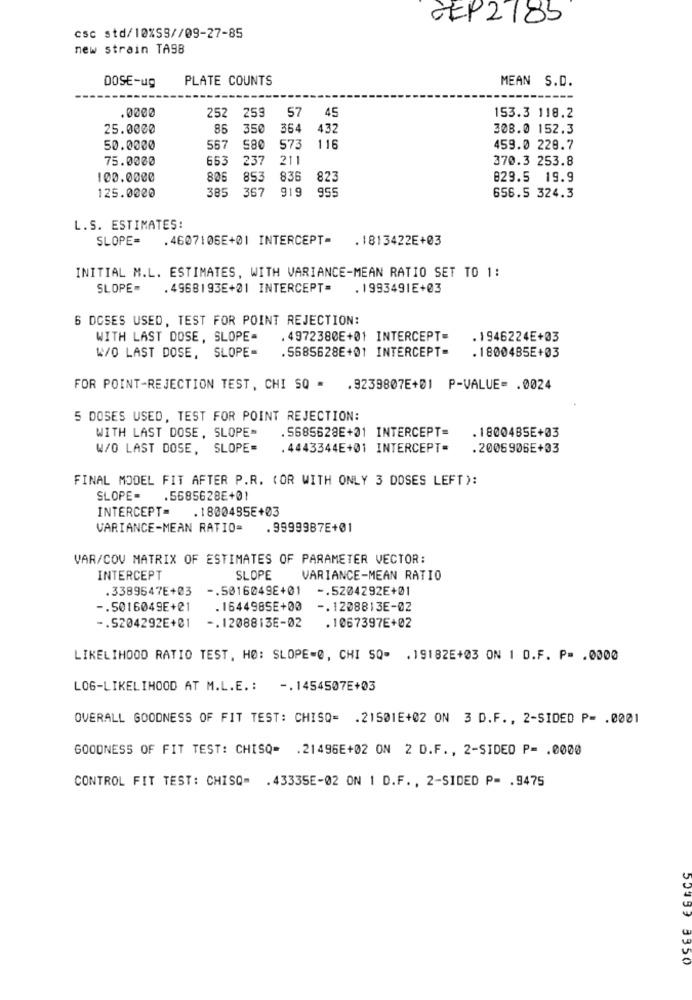
GEP2185
csc std/10%SS//09-27-85
new strain TA98
DOSE-ug
PLATE COUNTS
MEAN S.D.
.0000
57
252 259
45
153.3 118.2
25.0000
85
350
364
432
308.0 152.3
50.0000
557
580
573
116
459.0 229.7
75.0000
653
237
211
370.3 253.8
100.0000
806
853
836
823
829.5 19.9
385
367
919
955
125.0000
656.5 324.3
L.S. ESTIMATES:
SLOPE= . 4607106E+01 INTERCEPT-
. 1813422E+03
INITIAL M.L. ESTIMATES, WITH VARIANCE-MEAN RATIO SET TO 1:
SLOPE=
. 4968193E+01 INTERCEPT=
. 1993491E+03
6 DOSES USED, TEST FOR POINT REJECTION:
WITH LAST DOSE, SLOPE-
. 4972380E+01 INTERCEPT-
. 1946224E+03
. 5685628E+01 INTERCEPT-
. 1800485E+03
W/O LAST DOSE, SLOPE-
FOR POINT-REJECTION TEST, CHI SQ = . 9239807E+01 P-VALUE= . 0024
5 DOSES USED, TEST FOR POINT REJECTION:
WITH LAST DOSE, SLOPE-
. 5685628E+01 INTERCEPT=
. 18004B5E+03
W/O LAST DOSE, SLOPE=
. 4443344E+01 INTERCEPT=
.2006906E+03
FINAL MODEL FIT AFTER P.R. (OR WITH ONLY 3 DOSES LEFT):
SLOPE-
.5685628E+01
INTERCEPT=
. 1800495E+03
VARIANCE-MEAN RATIO=
. 9999987E+01
VAR/COV MATRIX OF ESTIMATES OF PARAMETER VECTOR:
INTERCEPT
SLOPE
VARIANCE-MEAN RATIO
.3389647E+03
-. 5016049E+01
-. 5204292E+01
-. 5016049E+01
. 1644985E+00
-. 1208813E-02
-. 5204292E+01
-. 1208813E-02
. 1067397E+02
LIKELIHOOD RATIO TEST, HØ: SLOPE-@, CHI SQ- . 19182E+03 ON | D.F. P= . 0000
LOG-LIKELIHOOD AT M.L.E .: -. 1454507E+03
OVERALL GOODNESS OF FIT TEST: CHISQ= . 21501E+02 ON 3 D.F ., 2-SIDED P= . 0001
GOODNESS OF FIT TEST: CHISQ= . 21496E+02 ON 2 D.F ., 2-SIDED P= . 0000
CONTROL FIT TEST: CHISQ= . 43335E-02 ON 1 D.F ., 2-SIDED P= . 9475
55199 3350